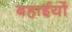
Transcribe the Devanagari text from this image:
बहाईयों